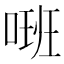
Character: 𠺚